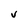
Character: V